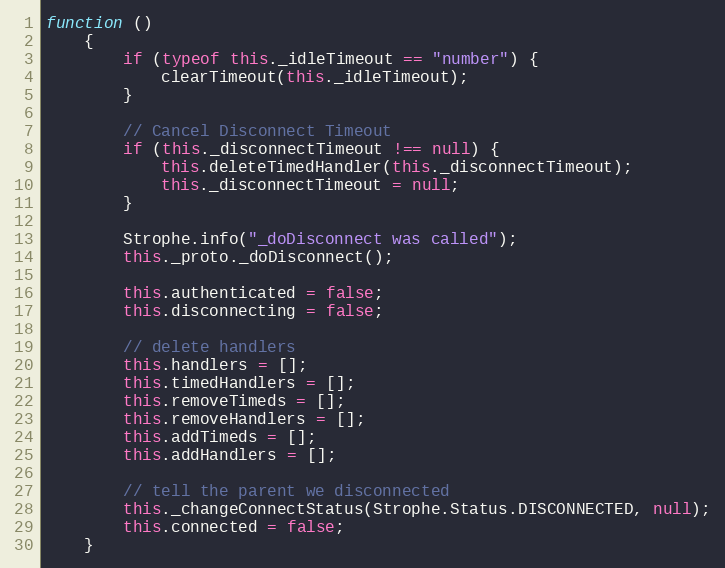
Language: JavaScript
function ()
    {
        if (typeof this._idleTimeout == "number") {
            clearTimeout(this._idleTimeout);
        }

        // Cancel Disconnect Timeout
        if (this._disconnectTimeout !== null) {
            this.deleteTimedHandler(this._disconnectTimeout);
            this._disconnectTimeout = null;
        }

        Strophe.info("_doDisconnect was called");
        this._proto._doDisconnect();

        this.authenticated = false;
        this.disconnecting = false;

        // delete handlers
        this.handlers = [];
        this.timedHandlers = [];
        this.removeTimeds = [];
        this.removeHandlers = [];
        this.addTimeds = [];
        this.addHandlers = [];

        // tell the parent we disconnected
        this._changeConnectStatus(Strophe.Status.DISCONNECTED, null);
        this.connected = false;
    }